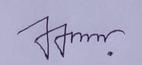
Signature authenticity: genuine